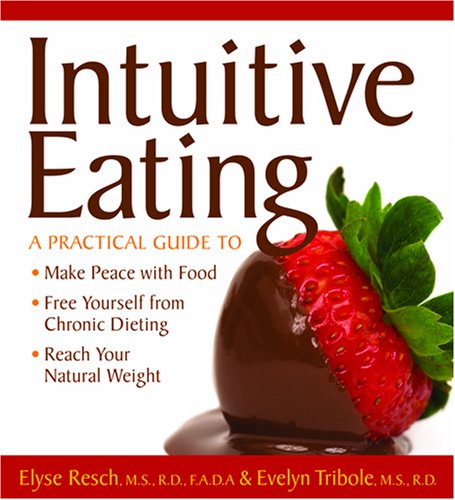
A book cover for Intuitive Eating: A Practical Guide to Make Peace with Food, Free Yourself from Chronic Dieting, Reach Your Natural Weight; Elyse Resch; Self-Help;